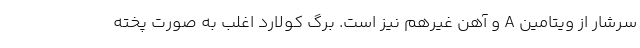
سرشار از ویتامین A و آهن غیرهِم نیز است. برگ کولارد اغلب به صورت پخته